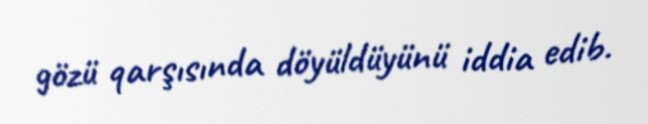
gözü qarşısında döyüldüyünü iddia edib.